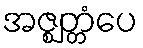
အဇ္ဈတ္တံပေ